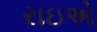
રાઇએ